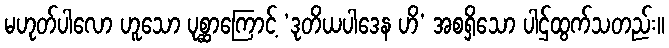
မဟုတ်ပါလော ဟူသော ပုစ္ဆာကြောင့် ‘ဒုတိယပါဒေန ဟိ’ အစရှိသော ပါဌ်ထွက်သတည်း။